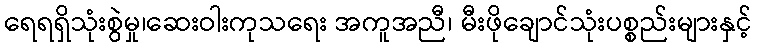
ရေရရှိသုံးစွဲမှု၊ဆေးဝါးကုသရေး အကူအညီ၊ မီးဖိုချောင်သုံးပစ္စည်းများနှင့်